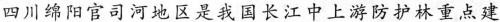
四川绵阳官司河地区是我国长江中上游防护林重点建